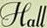
Hall